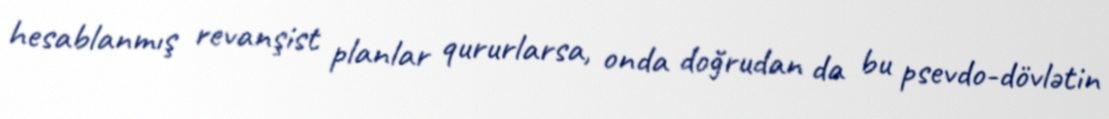
hesablanmış revanşist planlar qururlarsa, onda doğrudan da bu psevdo-dövlətin